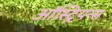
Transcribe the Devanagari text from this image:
ऑस्ट्रियन्स